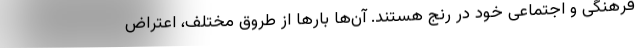
فرهنگی و اجتماعی خود در رنج هستند. آن‌ها بارها از طروق مختلف، اعتراض